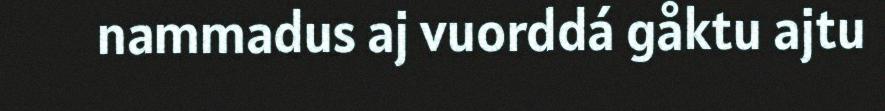
nammadus aj vuorddá gåktu ajtu